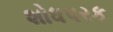
શોધપરક